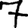
Digit: 7